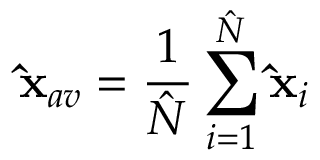
\mathbf { \hat { x } } _ { a v } = \frac { 1 } { \hat { N } } \sum _ { i = 1 } ^ { \hat { N } } \mathbf { \hat { x } } _ { i }